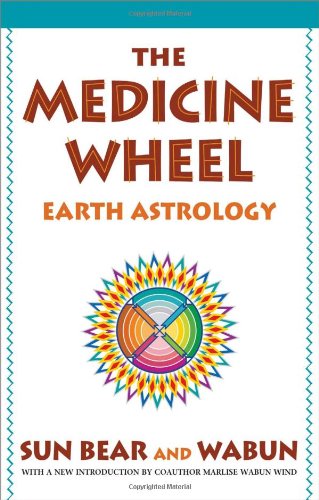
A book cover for The Medicine Wheel: Earth Astrology; Sun Bear; Religion & Spirituality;